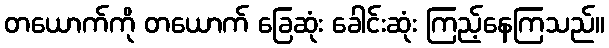
တယောက်ကို တယောက် ခြေဆုံး ခေါင်းဆုံး ကြည့်နေကြသည်။